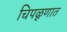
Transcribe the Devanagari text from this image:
चिपळूणात